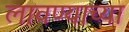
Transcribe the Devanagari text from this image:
लावण्‍याच्‍या